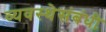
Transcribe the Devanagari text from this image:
व्यवस्थेसंबंधी